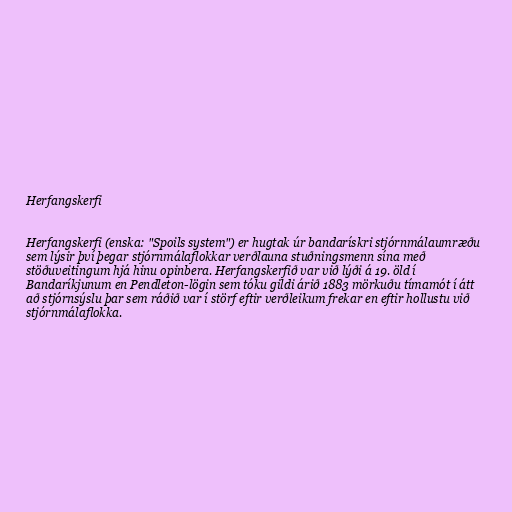
Herfangskerfi

Herfangskerfi (enska: "Spoils system") er hugtak úr bandarískri stjórnmálaumræðu
sem lýsir því þegar stjórnmálaflokkar verðlauna stuðningsmenn sína með
stöðuveitingum hjá hinu opinbera. Herfangskerfið var við lýði á 19. öld í
Bandaríkjunum en Pendleton-lögin sem tóku gildi árið 1883 mörkuðu tímamót í átt
að stjórnsýslu þar sem ráðið var í störf eftir verðleikum frekar en eftir hollustu við
stjórnmálaflokka.